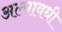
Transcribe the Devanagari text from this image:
अल्पावधी